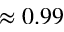
\approx 0 . 9 9